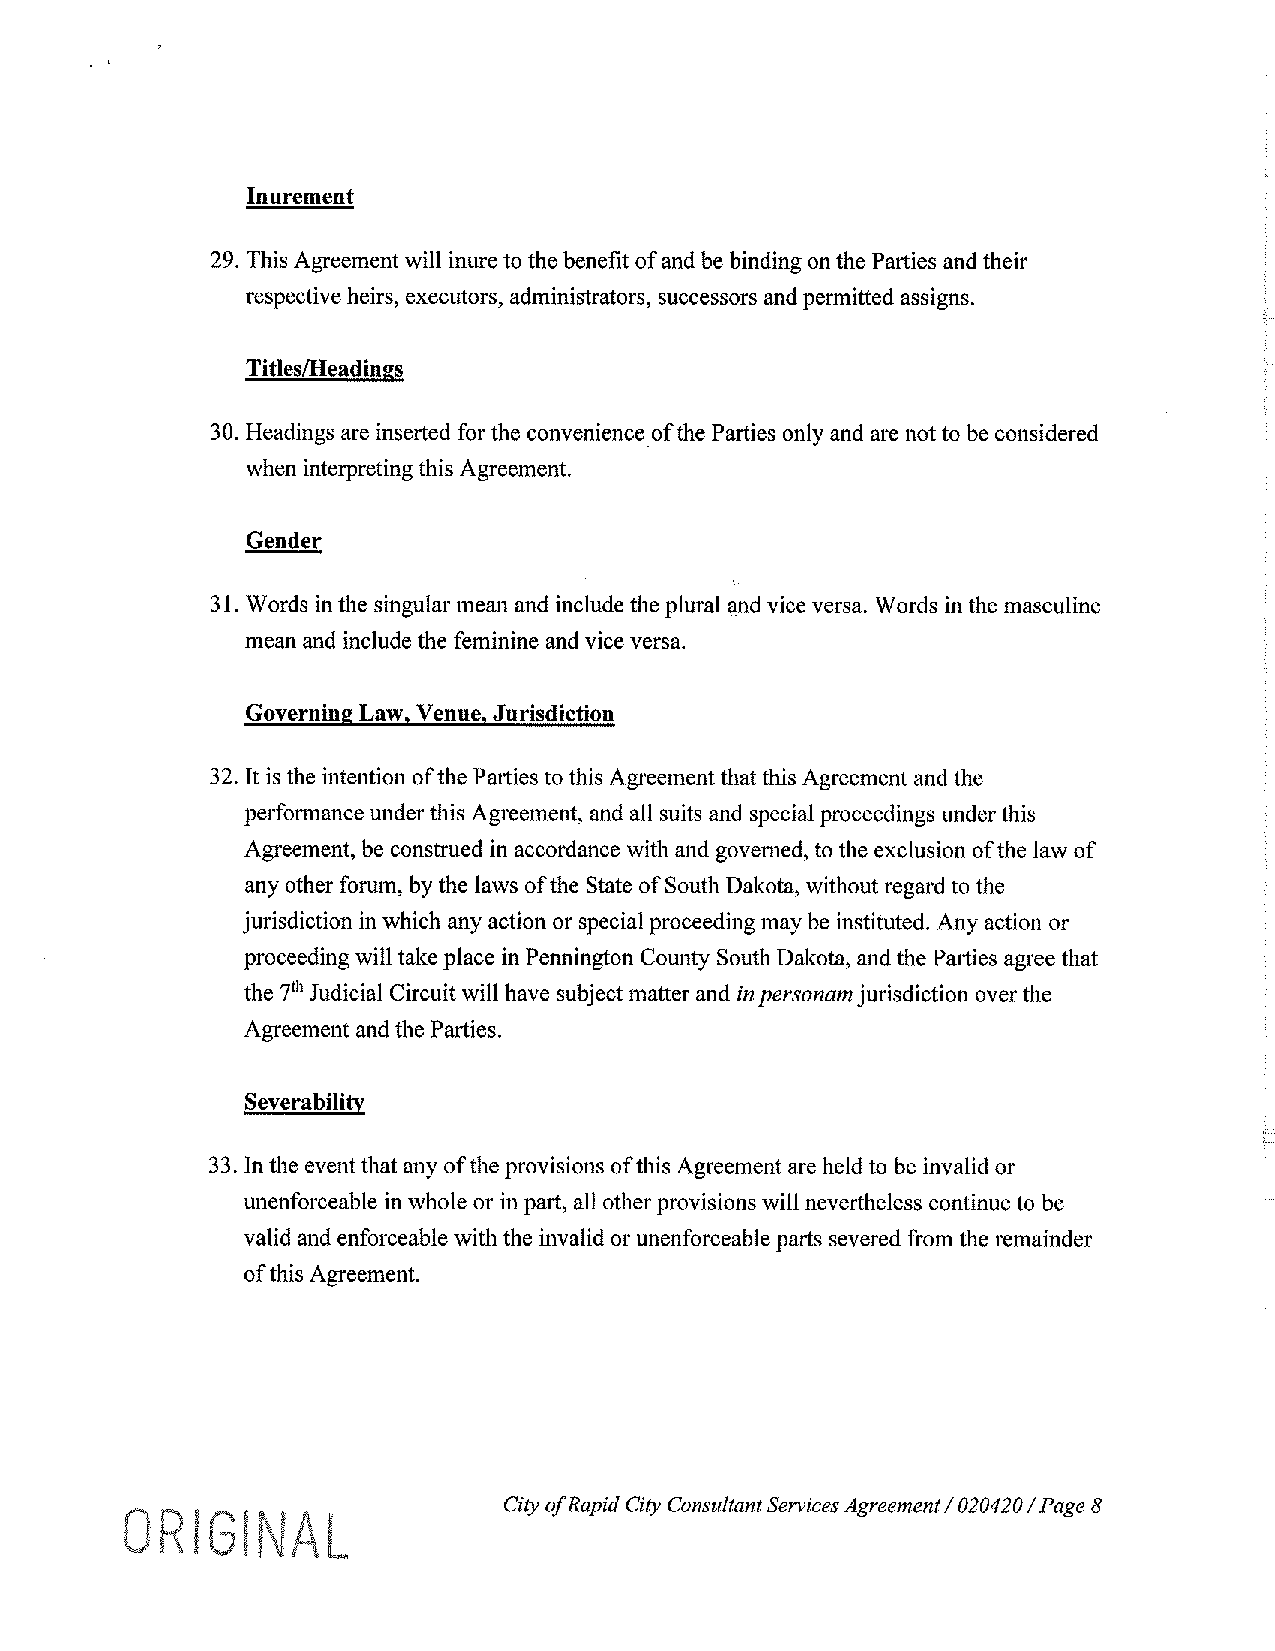
Innrement
 29. This Agreement will inure to the benefit of and be binding on the Parties and their
 respective heirs, executors, administrators, successors and permitted assigns.
 Titles/Headings
 30. Headings are inserted for the convenience of the Parties only and are not to be considered
 when interpreting this Agreement.
 Gender
 31. Words in the singular mean and include the plural and vice versa. Words in the masculine
 mean and include the feminine and vice versa.
 Governing Law, Venne, Jurisdiction
 32. It is the intention of the Parties to this Agreement that this Agreement and the
 performance under this Agreement, and all suits and special proceedings under this
 Agreement, be construed in accordance with and governed, to the exclusion of the law of
 any other forum, by the laws of the State of South Dakota, without regard to the
 jurisdiction in which any action or special proceeding may be instituted. Any action or
 proceeding will take place in Pennington County South Dakota, and the Parties agree that
 the 7th Judicial Circuit will have subject matter and in personam jurisdiction over the
 Agreement and the Parties.
 Severability
 33. In the event that any of the provisions of this Agreement are held to be invalid or
 unenforceable in whole or in part, all other provisions will nevertheless continue to be
 valid and enforceable with the invalid or unenforceable parts severed from the remainder
 of this Agreement.
 City ofR apid City Consultant Services Agreement I 020420 I Page 8